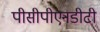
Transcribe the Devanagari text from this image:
पीसीपीएनडीटी